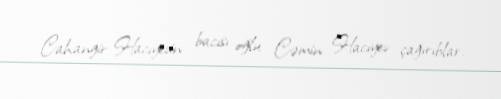
Cahangir Hacıyevin bacısı oğlu Cəmin Hacıyev çağırıblar.